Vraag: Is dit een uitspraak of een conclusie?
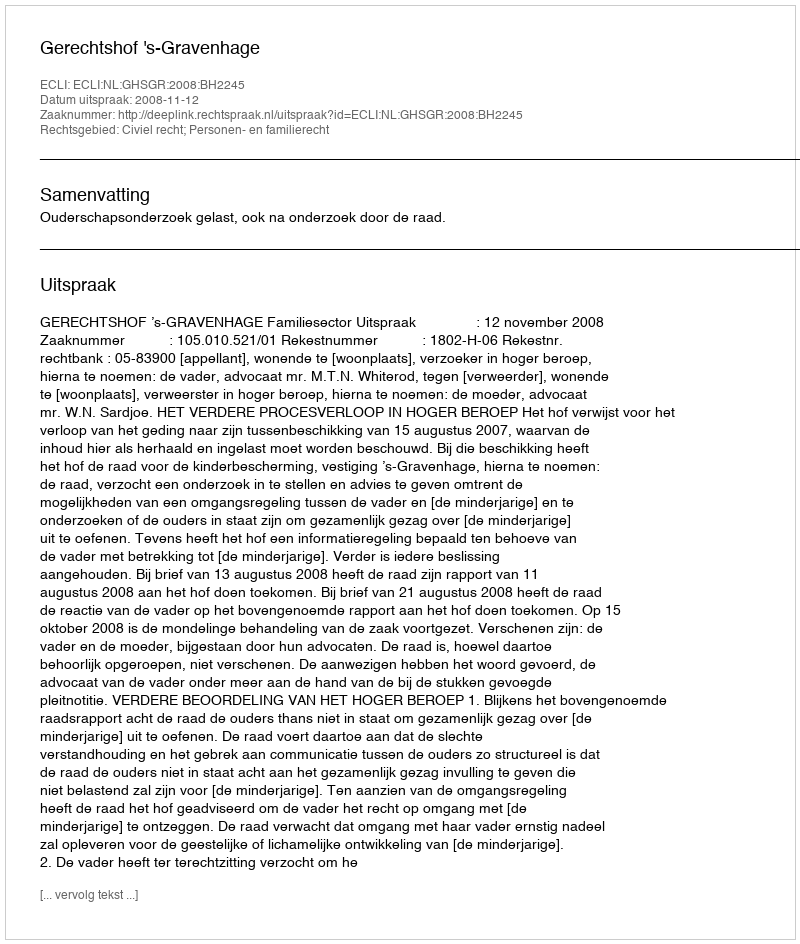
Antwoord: Uitspraak